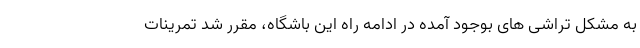
به مشکل تراشی های بوجود آمده در ادامه راه این باشگاه، مقرر شد تمرینات